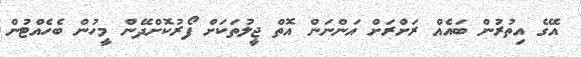
އޭގެ އިތުރުން ބައެއް ރަށްރަށް އަންނަން އޮތް ޖީލުތަކަށް ފޯރުކޮށްދޭން މީހުން ބެހެއްޓުން